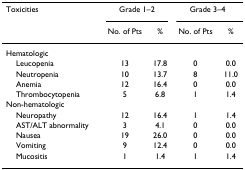
<table><thead><tr><td><b>Toxicities</b></td><td colspan="2"><b>Grade 1–2</b></td><td colspan="2"><b>Grade 3–4</b></td></tr><tr><td></td><td><b>No. of Pts</b></td><td><b>%</b></td><td><b>No. of Pts</b></td><td><b>%</b></td></tr></thead><tbody><tr><td>Hematologic</td><td></td><td></td><td></td><td></td></tr><tr><td> Leucopenia</td><td>13</td><td>17.8</td><td>0</td><td>0.0</td></tr><tr><td> Neutropenia</td><td>10</td><td>13.7</td><td>8</td><td>11.0</td></tr><tr><td> Anemia</td><td>12</td><td>16.4</td><td>0</td><td>0.0</td></tr><tr><td> Thrombocytopenia</td><td>5</td><td>6.8</td><td>1</td><td>1.4</td></tr><tr><td>Non-hematologic</td><td></td><td></td><td></td><td></td></tr><tr><td> Neuropathy</td><td>12</td><td>16.4</td><td>1</td><td>1.4</td></tr><tr><td> AST/ALT abnormality</td><td>3</td><td>4.1</td><td>0</td><td>0.0</td></tr><tr><td> Nausea</td><td>19</td><td>26.0</td><td>0</td><td>0.0</td></tr><tr><td> Vomiting</td><td>9</td><td>12.4</td><td>0</td><td>0.0</td></tr><tr><td> Mucositis</td><td>1</td><td>1.4</td><td>1</td><td>1.4</td></tr></tbody></table>